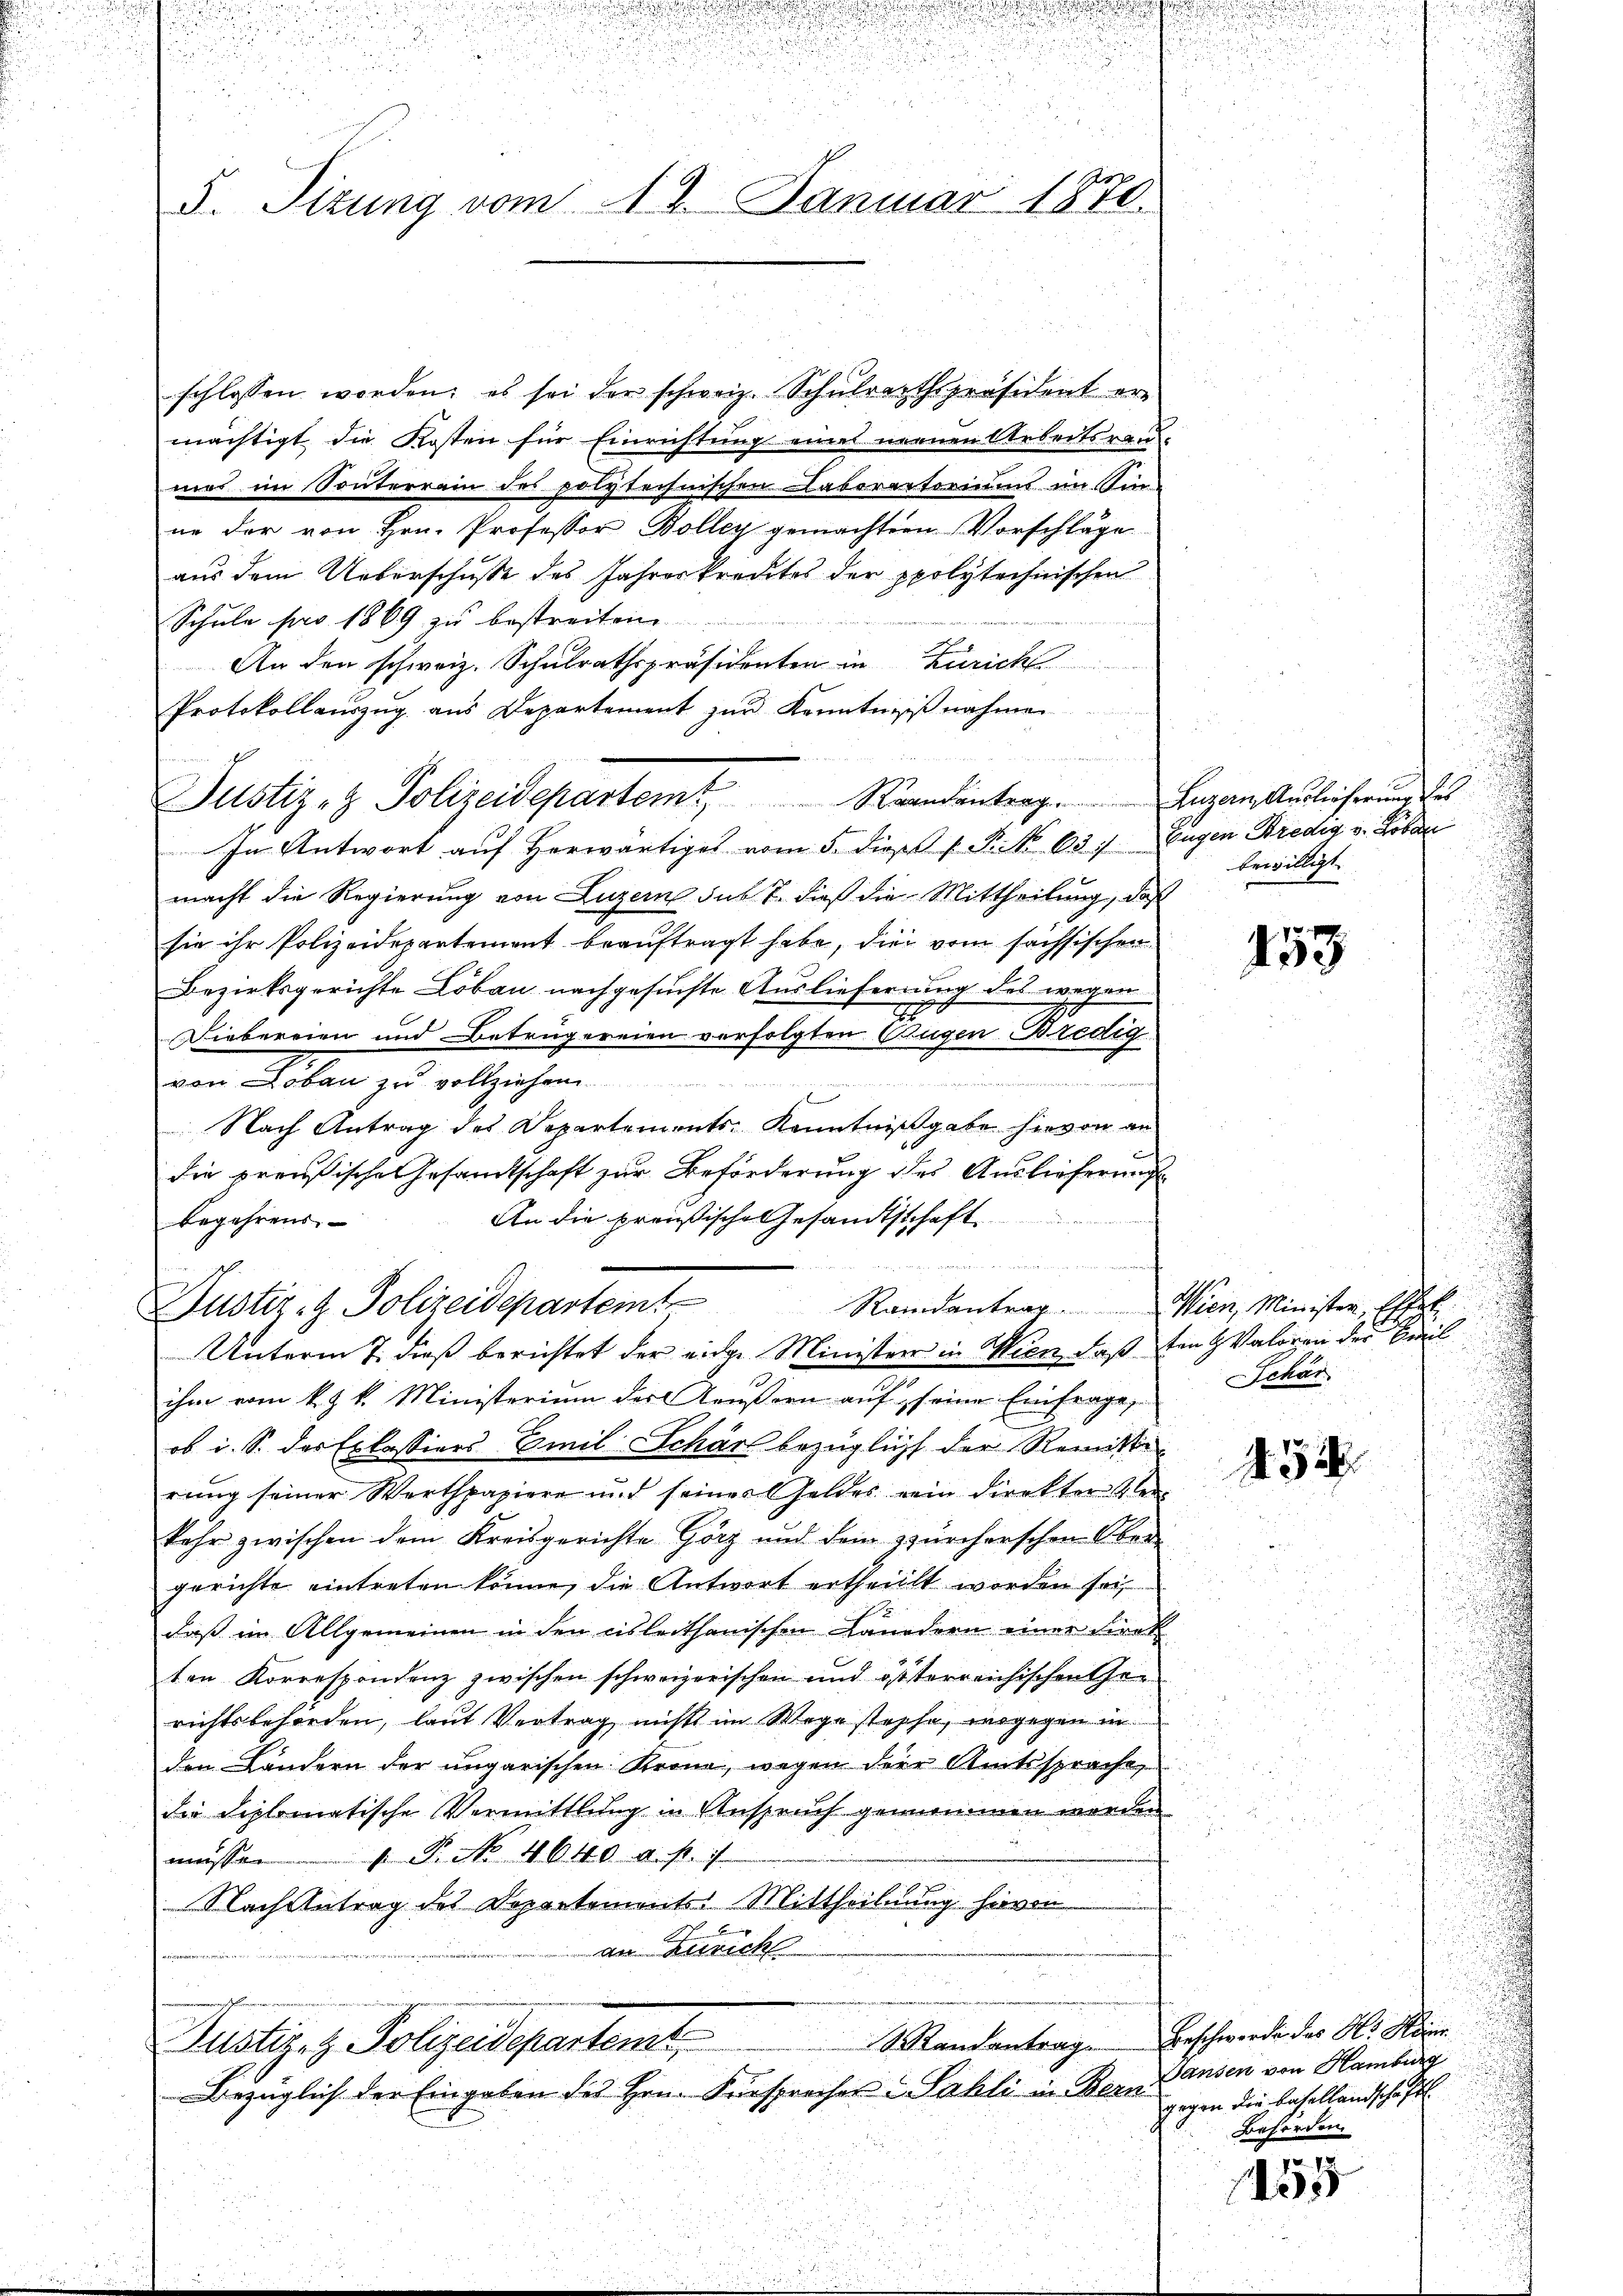
u

S. Tizung vom 18. Januar 1870.

schlossen worden; es sei der schweiz. Schŭlrathspräsident er-
mächtigt die Kosten für Einrichtung eines neunen Arbeitsrau-
mes im Sonnterrain des polytechnischen Caborentoriums im Sin-
ne der von Hrn. Professor Bolleg gemachtern Vorschläge
aus dem Ueberschuße des Jahreskredites der ppolytechnischen
Schule pro 1869 zu bestreiten
An den schweiz. Schulrathspräsidenten in Zürich
Protokollauszug aus Departement zŭr Kenntniss nahmen
Justiz- & Polizeidepartem Krandantrag. Luzern Auslieferung des
In Antwort auf herwärtiges vom 5. die 1. P. No 637 Eugen Bredig v. Roban
macht die Regierung von Luzern sub 7. dieß die Mittheilung, daß
sie ihr Polizeidepartement beauftragt habe, die vom sachsischen
Bezirksgerichte Löbau nachgesuchte Auslieferung des wegen
20
Diebereien und Betrügereien verfolgten Augen Bredig
ite an die zu eine
von Leben zu vollziehen.
6
Nach Antrag des Departements Kenntnißgabe hievon an
die preußische Gesandtschaft zur Beförderung des Auslieferunge
An die preußische Gesandtschaft
begehrens
   und
Justiz- & Polizeidepartein Randantrag. Wien, Minister, Ehel
Unterm 7. dieß berichtet der einer Ministrer in Wien, daß den Valoren der Beweil
ihm vom k. k. Ministerium des Aeußern auf seine Einfrage,
ob i. S. der Erlassiers Emil Schärf bezüglicht der Remisti
rung seiner Werthpapiere und seines Geldes rein Direkter Ver-
kehr zwischen dem Kreisgerichte Görz und dem zürcherschen Ober
gerichte eintreten könne, die Antwort ertheillt worden sei,
daß im Allgemeinen in den cisleithanischen Landern einer Firat
ten Korrespondenz zwischen schweizerischen und österreichischen Gerichtsbehörden, laut Vertrag nichts im Wege stophe, wogegen in
den Ländern der ungarischen Krone, wegen dere Amtssprache,
die diplomatische Vermittlung in Anspruch genommen werden
müssen. P. 4640 u. s.
Nach Antrag des Departements Mittheilung hievon
an Zürich
Randantrag
Jusler, z. Polizeidepartemt
Bezüglich der Eingaben des Hrn. Fürsprecher u Sahli in Bern

s

.

bewilligt.

453

Schär

452

i
Beschwerde des H. Heinr
Sansen von Hamburg
gegen die Basellandschaftl
.
Behörden.

05